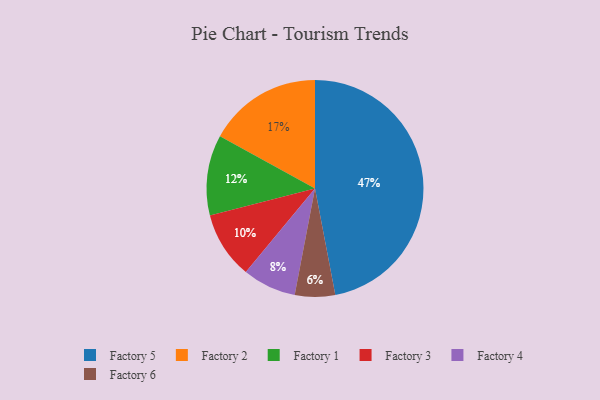
{"axis": {"x": "Category", "y": "Percentage"}, "legend": ["Factory 1", "Factory 2", "Factory 3", "Factory 4", "Factory 5", "Factory 6"], "data": [{"x": "Factory 2", "y": 17, "type": "Factory 2"}, {"x": "Factory 3", "y": 10, "type": "Factory 3"}, {"x": "Factory 1", "y": 12, "type": "Factory 1"}, {"x": "Factory 4", "y": 8, "type": "Factory 4"}, {"x": "Factory 6", "y": 6, "type": "Factory 6"}, {"x": "Factory 5", "y": 47, "type": "Factory 5"}]}